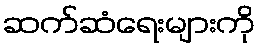
ဆက်ဆံရေးများကို